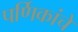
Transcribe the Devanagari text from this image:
पर्णिकांचे